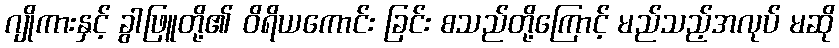
ဂျိုကားနှင့် ခွါဖြူတို့၏ ဝိရိယကောင်း ခြင်း စသည်တို့ကြောင့် မည်သည့်အလုပ် မဆို